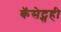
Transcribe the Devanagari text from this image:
कॅसेट्सही